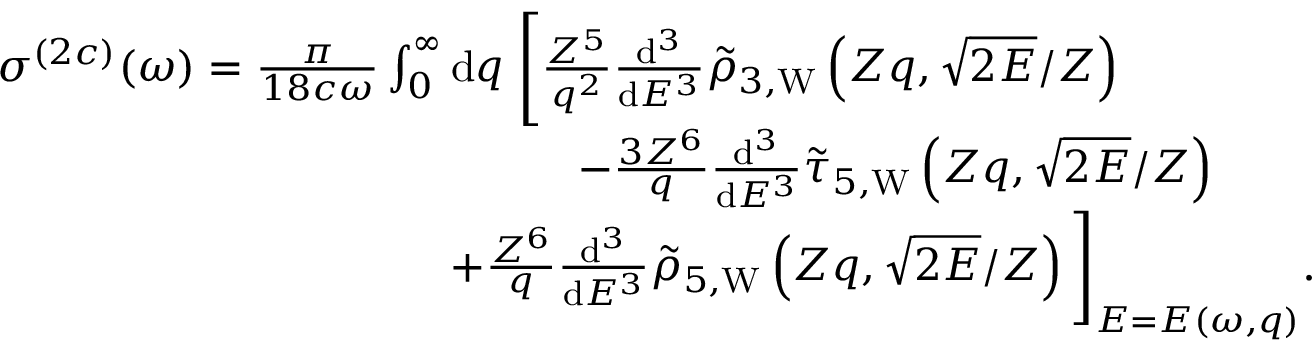
\begin{array} { r } { \sigma ^ { ( 2 c ) } ( \omega ) = \frac { \pi } { 1 8 c \omega } \int _ { 0 } ^ { \infty } \ensuremath { \mathrm { d } } q \; \Biggl [ \frac { Z ^ { 5 } } { q ^ { 2 } } \frac { \ensuremath { \mathrm { d } } ^ { 3 } } { \ensuremath { \mathrm { d } } E ^ { 3 } } \tilde { \rho } _ { 3 , \mathrm { W } } \left( Z q , \sqrt { 2 E } / Z \right) \phantom { x x x x x x x x } } \\ { - \frac { 3 Z ^ { 6 } } { q } \frac { \ensuremath { \mathrm { d } } ^ { 3 } } { \ensuremath { \mathrm { d } } E ^ { 3 } } \tilde { \tau } _ { 5 , \mathrm { W } } \left( Z q , \sqrt { 2 E } / Z \right) \phantom { x x x x x } } \\ { + \frac { Z ^ { 6 } } { q } \frac { \ensuremath { \mathrm { d } } ^ { 3 } } { \ensuremath { \mathrm { d } } E ^ { 3 } } \tilde { \rho } _ { 5 , \mathrm { W } } \left( Z q , \sqrt { 2 E } / Z \right) \Biggl ] _ { E = E ( \omega , q ) } . \; \; \; \; \; } \end{array}